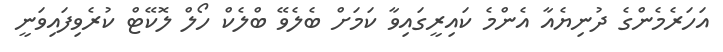
އަހަރެމެންގެ ދުނިޔެއާ އެންމެ ކައިރީގައިވާ ކަމަށް ބެލެވޭ ބްލެކް ހޯލް ލޮކޭޓް ކުރެވިފައިވަނީ